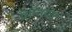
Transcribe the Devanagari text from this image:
ऐम्नियोट